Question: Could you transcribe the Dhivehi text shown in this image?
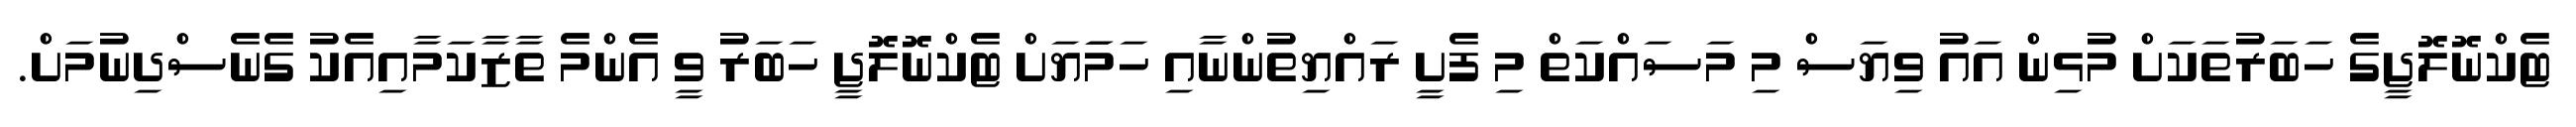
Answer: ޓެކްނޮލޮޖީގެ ހަބަރުތަކަށް މުޅިން އައު ވިޔަސް މި މަސައްކަތް މި ފެށީ ރައްޔިތުންނާއި ހަމަަޔަށް ޓެކްނޮލޮޖީ ހަބަރު ވީ އެންމެ ތާޒާކަމާއިއެކު ގެނެސްދިނުމަށް.